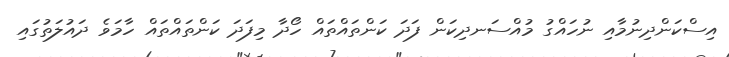
އިސްކަންދިނުމާއި ނުހައްގު މުއްސަނދިކަން ފަދަ ކަންތައްތައް ހޯދާ މިފަދަ ކަންތައްތައް ހާމަވެ ދައުލަތުގައި